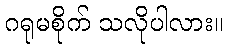
ဂရုမစိုက် သလိုပါလား။